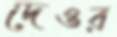
দেওর